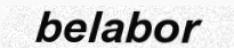
belabor